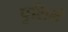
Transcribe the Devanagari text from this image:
पुशिलं